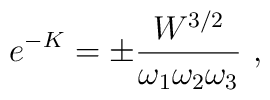
e^{-K}=\pm \frac{W^{3/2}}{\omega_1 \omega_2 \omega_3}\ ,